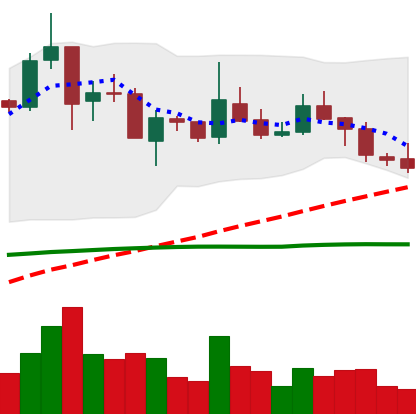
Ticker: TRX-USD
Chart end date: 2019-02-13
Forward return: 3.201%
Label: up_3_5